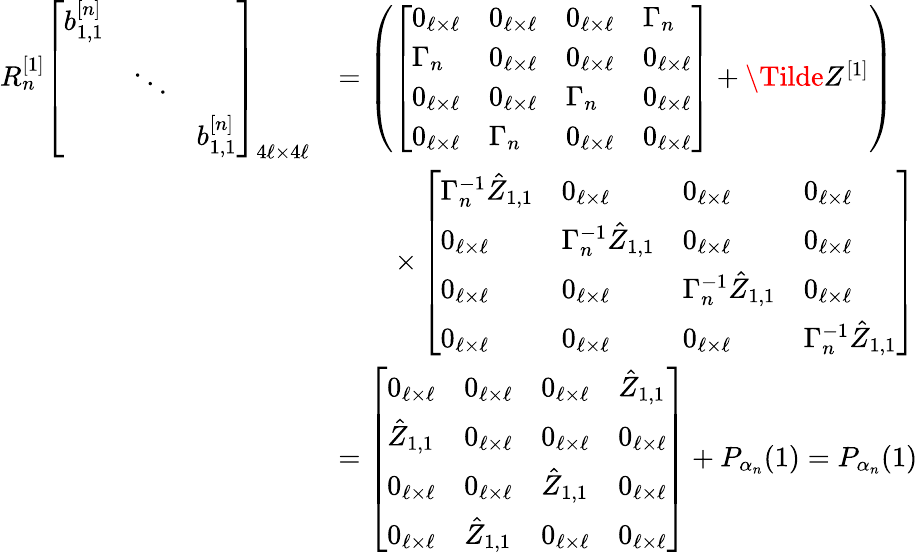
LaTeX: \begin{array}{rl}{R_{n}^{[1]}\left[\begin{array}{lll}{b_{1,1}^{[n]}}&&\\ &{\ddots}&\\ &&{b_{1,1}^{[n]}}\end{array}\right]_{4\ell\times 4\ell}}&{=\left(\left[\begin{array}{llll}{0_{\ell\times\ell}}&{0_{\ell\times\ell}}&{0_{\ell\times\ell}}&{\Gamma_{n}}\\ {\Gamma_{n}}&{0_{\ell\times\ell}}&{0_{\ell\times\ell}}&{0_{\ell\times\ell}}\\ {0_{\ell\times\ell}}&{0_{\ell\times\ell}}&{\Gamma_{n}}&{0_{\ell\times\ell}}\\ {0_{\ell\times\ell}}&{\Gamma_{n}}&{0_{\ell\times\ell}}&{0_{\ell\times\ell}}\end{array}\right]+\Tilde{Z}^{[1]}\right)}\\ &{\qquad\times\left[\begin{array}{llll}{\Gamma_{n}^{-1}\hat{Z}_{1,1}}&{0_{\ell\times\ell}}&{0_{\ell\times\ell}}&{0_{\ell\times\ell}}\\ {0_{\ell\times\ell}}&{\Gamma_{n}^{-1}\hat{Z}_{1,1}}&{0_{\ell\times\ell}}&{0_{\ell\times\ell}}\\ {0_{\ell\times\ell}}&{0_{\ell\times\ell}}&{\Gamma_{n}^{-1}\hat{Z}_{1,1}}&{0_{\ell\times\ell}}\\ {0_{\ell\times\ell}}&{0_{\ell\times\ell}}&{0_{\ell\times\ell}}&{\Gamma_{n}^{-1}\hat{Z}_{1,1}}\end{array}\right]}\\ &{=\left[\begin{array}{llll}{0_{\ell\times\ell}}&{0_{\ell\times\ell}}&{0_{\ell\times\ell}}&{\hat{Z}_{1,1}}\\ {\hat{Z}_{1,1}}&{0_{\ell\times\ell}}&{0_{\ell\times\ell}}&{0_{\ell\times\ell}}\\ {0_{\ell\times\ell}}&{0_{\ell\times\ell}}&{\hat{Z}_{1,1}}&{0_{\ell\times\ell}}\\ {0_{\ell\times\ell}}&{\hat{Z}_{1,1}}&{0_{\ell\times\ell}}&{0_{\ell\times\ell}}\end{array}\right]+P_{\alpha_{n}}(1)=P_{\alpha_{n}}(1)}\end{array}